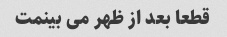
قطعا بعد از ظهر می بینمت